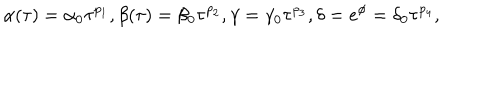
\alpha ( \tau ) = \alpha _ { 0 } \tau ^ { p _ { 1 } } , \beta ( \tau ) = \beta _ { 0 } \tau ^ { p _ { 2 } } , \gamma = \gamma _ { 0 } \tau ^ { p _ { 3 } } , \delta = e ^ { \phi } = \delta _ { 0 } \tau ^ { p _ { 4 } } ,